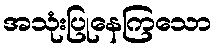
အသုံးပြုနေကြသော